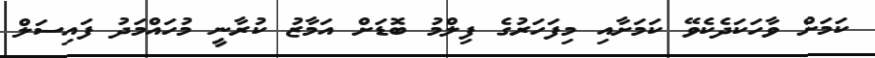
ކަމަށް ވާހަކަދެކެވޭ ކަމަށާއި މިފަހަރުގެ ފިލްމު ބޮޑަށް އަމާޒު ކުރާނީ މުހައްމަދު ފައިސަލް